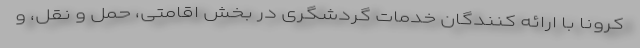
کرونا با ارائه کنندگان خدمات گردشگری در بخش اقامتی، حمل و نقل، و